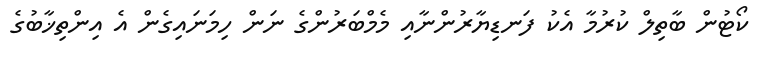
ކޯޓުން ބާތިލް ކުރުމާ އެކު ފަނޑިޔާރުންނާއި މެމްބަރުންގެ ނަން ހިމަނައިގެން އެ އިންތިޚާބުގެ